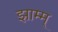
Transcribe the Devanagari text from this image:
झाम्म्